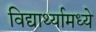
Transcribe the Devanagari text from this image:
विद्यार्थ्यामध्ये